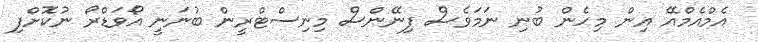
އެމްއެމްއޭ އިން މިހެން ބުނި ނަމަވެސް ފިނޭންސް މިނިސްޓްރީން ބުނަނީ އޯވަޑްރޯ ނުކޮށްފި